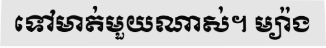
ទៅមាត់មួយណាស់។ ម្យ៉ាង